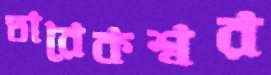
তারেকশ্বর